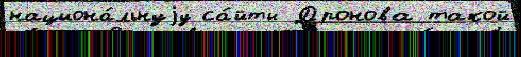
национа́льнуjу са́йты Дронова такой